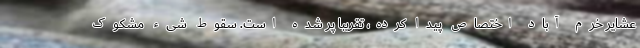
عشایر خرم آباد اختصاص پیدا کرده، تقریباً پُر شده است. سقوط شیء مشکوک